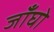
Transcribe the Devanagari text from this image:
जाँघो